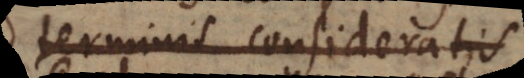
terminis consideratis